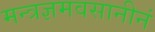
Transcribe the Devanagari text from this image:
मन्त्रज्ञमवसानीनं